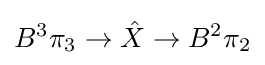
B^{3}\pi _{3}\to {\hat {X}}\to B^{2}\pi _{2}